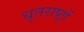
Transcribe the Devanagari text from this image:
धृतराष्ट्रों